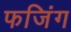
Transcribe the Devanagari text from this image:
फजिंग